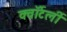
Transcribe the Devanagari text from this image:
क्वॉर्टर्ली